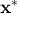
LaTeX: \mathbf { x } ^ { \ast }